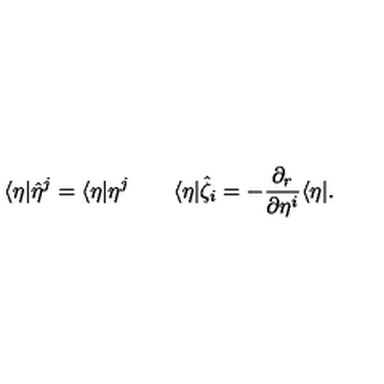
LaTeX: \langle \eta | \hat { \eta } ^ { j } = \langle \eta | \eta ^ { j } \qquad \langle \eta | \hat { \zeta } _ { i } = - \frac { \partial _ { r } } { \partial \eta ^ { i } } \langle \eta | .